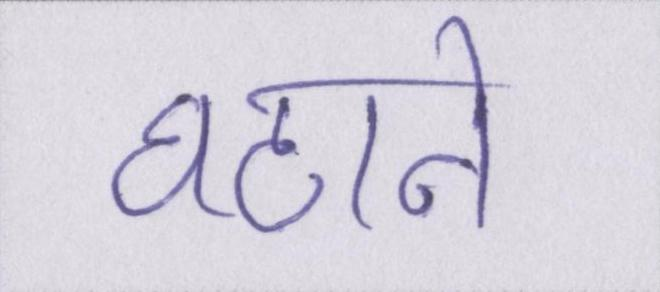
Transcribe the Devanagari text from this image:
घटाने